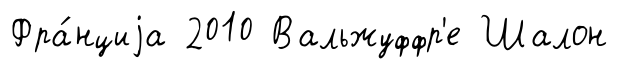
Фра́нциjа 2010 Вальжуффр'е Шалон